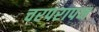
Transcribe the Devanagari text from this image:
चरपरापन